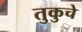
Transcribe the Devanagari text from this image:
तुकुचे